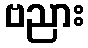
ဗညား